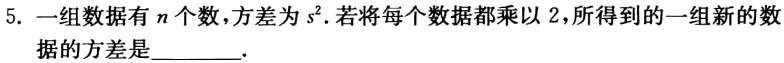
5. 一组数据有\(n\)个数，方差为\(s^{2}\)．若将每个数据都乘以\(2\)，所得到的一组新的数据的方差是_________．